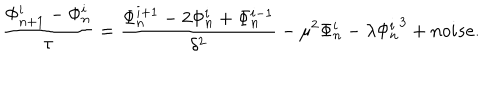
LaTeX: \frac { \Phi _ { n + 1 } ^ { i } - \Phi _ { n } ^ { i } } { \tau } = \frac { \Phi _ { n } ^ { i + 1 } - 2 \Phi _ { n } ^ { i } + \Phi _ { n } ^ { i - 1 } } { \delta ^ { 2 } } - \mu ^ { 2 } \Phi _ { n } ^ { i } - \lambda { \Phi _ { n } ^ { i } } ^ { 3 } + n o i s e .